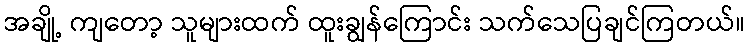
အချို့ ကျတော့ သူများထက် ထူးချွန်ကြောင်း သက်သေပြချင်ကြတယ်။